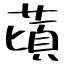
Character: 䔛